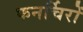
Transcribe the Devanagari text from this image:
फनर्चिरों